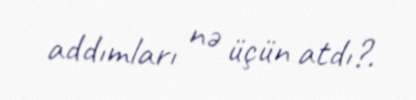
addımları nə üçün atdı?.